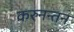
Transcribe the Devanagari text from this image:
करुनन्तन